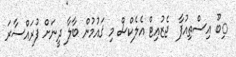
ިބޫ އިސްތިއުފާ  ޖެޒުއިޓް އެލެކްސް މި ޤައުމުން ބާލާ ދީނަށް ފުރައްސާރަ